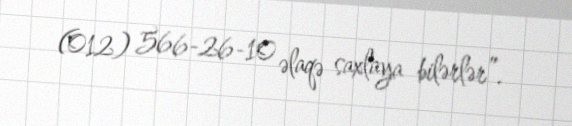
(012) 566-26-10 əlaqə saxlaya bilərlər”.